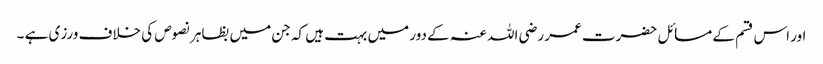
اور اس قسم کے مسائل حضرت عمر رضی اللہ عنہ کے دور میں بہت ہیں کہ جن میں بظاہر نصوص کی خلاف ورزی ہے ۔